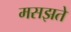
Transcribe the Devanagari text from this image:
मसझते